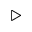
\triangleright